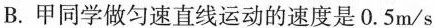
B.甲同学做匀速直线运动的速度是0.5m/s